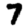
Digit: 7